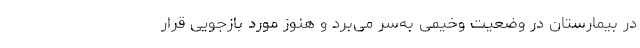
در بیمارستان در وضعیت وخیمی به‌سر می‌برد و هنوز مورد بازجویی قرار